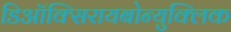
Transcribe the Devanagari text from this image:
डिऑक्सिरायबोन्युक्लिक